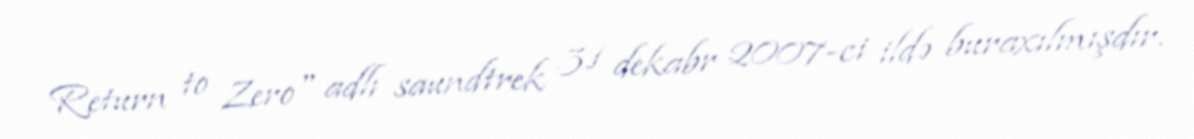
Return to Zero" adlı saundtrek 31 dekabr 2007-ci ildə buraxılmışdır.